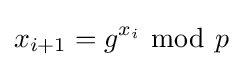
x_{i+1}=g^{x_{i}}\ {\bmod {\ p}}